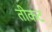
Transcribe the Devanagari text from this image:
तीकट